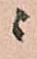
ニ